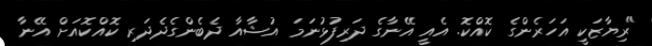
"ރިޔާޒަކީ އަހަރެންގެ ކޮއްކޮ. އެއީ އޭނާގެ ދަރިފުޅުނަމަ އުޝާއާ ދެބެންގެދެދަރި ކޮއްކޮއަށް އޭނާ